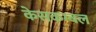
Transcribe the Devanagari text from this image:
केसकम्बल